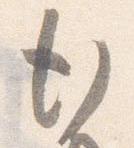
行